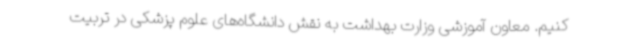
کنیم. معاون آموزشی وزارت بهداشت به نقش دانشگاه‌های علوم پزشکی در تربیت